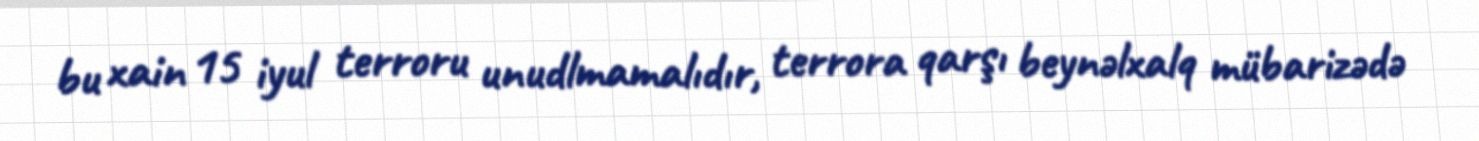
bu xain 15 iyul terroru unudlmamalıdır, terrora qarşı beynəlxalq mübarizədə